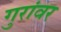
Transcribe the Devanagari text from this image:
गुरांवर